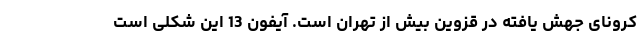
کرونای جهش یافته در قزوین بیش از تهران است. آیفون 13 این شکلی است